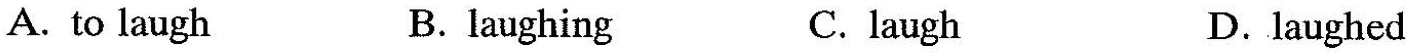
A.to laugh B. laughing C.laugh D.laughed